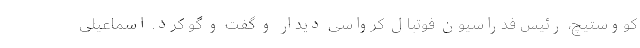
کووستیچ، رئیس فدراسیون فوتبال کرواسی دیدار و گفت و گو کرد. اسماعیلی